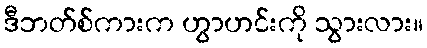
ဒီဘတ်စ်ကားက ဟွာဟင်းကို သွားလား။